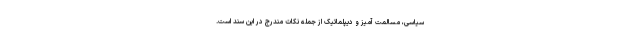
سیاسی، مسالمت آمیز و دیپلماتیک از جمله نکات مندرج در این سند است.